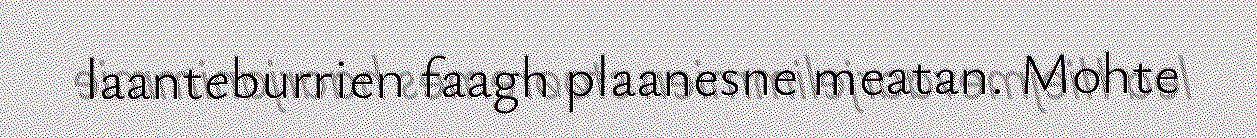
laanteburrien faagh plaanesne meatan. Mohte